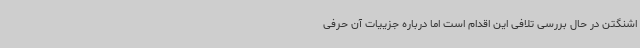
اشنگتن در حال بررسی تلافی این اقدام است اما درباره جزییات آن حرفی